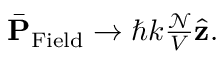
\begin{array} { r } { \bar { \bf P } _ { \mathrm { F i e l d } } \rightarrow \hbar k \frac { \mathcal N } { V } \hat { \bf z } . } \end{array}